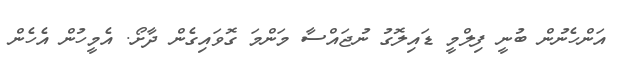
އަންހެނުން ބުނީ ފިލްމީ ޑައިލޮގު ނުޖައްސާ މަންމަ ގޮވައިގެން ދާށޯ. އެމީހުން އެހެން